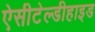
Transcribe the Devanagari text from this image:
ऐसीटेल्डीहाइड